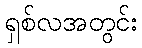
ရှစ်လအတွင်း